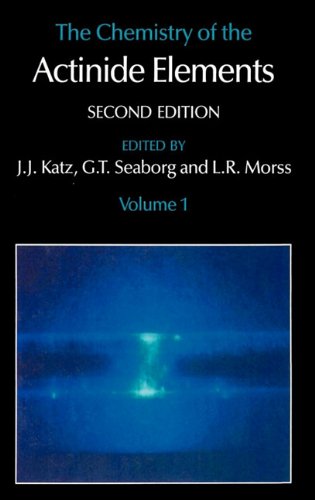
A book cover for The Chemistry of the Actinide Elements Volume 1; J.J. Katz; Science & Math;